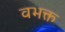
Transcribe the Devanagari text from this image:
वभक्त